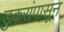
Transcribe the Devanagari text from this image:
डुकरांपासून